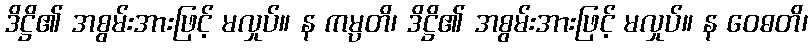
ဒိဋ္ဌိ၏ အစွမ်းအားဖြင့် မလှုပ်။ န ကမ္ပတိ၊ ဒိဋ္ဌိ၏ အစွမ်းအားဖြင့် မလှုပ်။ န ဝေဓတိ၊